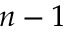
n - 1